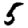
Digit: 5